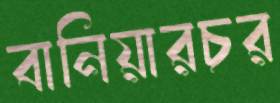
বানিয়ারচর